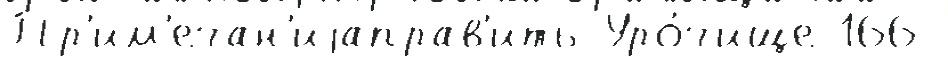
Пр'им'ечан'иjаправ'ить Уро́чище 166